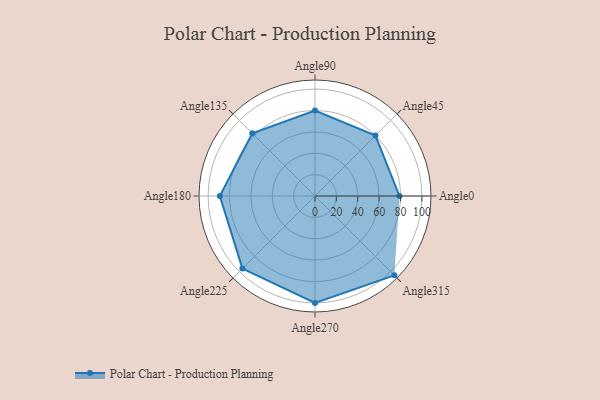
{"axis": {"x": "Angle", "y": "Radius"}, "legend": [""], "data": [{"x": "Angle0", "y": 79.0, "type": ""}, {"x": "Angle45", "y": 80.0, "type": ""}, {"x": "Angle90", "y": 80.0, "type": ""}, {"x": "Angle135", "y": 83.0, "type": ""}, {"x": "Angle180", "y": 89.0, "type": ""}, {"x": "Angle225", "y": 96.0, "type": ""}, {"x": "Angle270", "y": 100.0, "type": ""}, {"x": "Angle315", "y": 105.0, "type": ""}]}